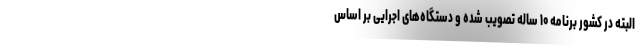
البته در کشور برنامه ۱۰ ساله تصویب شده و دستگاه‌های اجرایی بر اساس